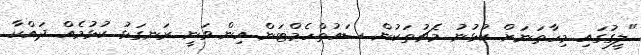
"ލީގުގައި މިހާތަނަށް ކުޅުނު މެޗުތަކުން ސައުތްހެމްޓަން އިން ވަނީ ރަނގަޅު ކުޅުމެއް ދައްކާ